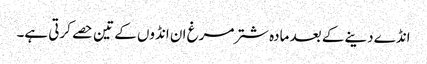
انڈے دینے کے بعد مادہ شترمرغ ان انڈوں کے تین حصے کرتی ہے۔